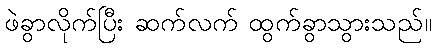
ဖဲခွာလိုက်ပြီး ဆက်လက် ထွက်ခွာသွားသည်။